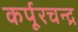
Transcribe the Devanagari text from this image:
कर्पूरचन्द्र